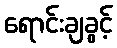
ရောင်းချခွင့်